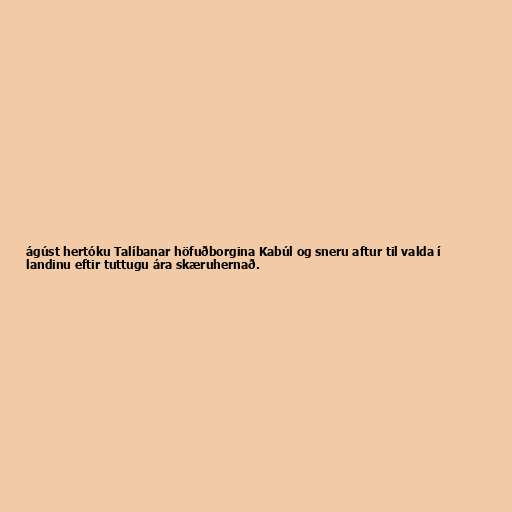
ágúst hertóku Talíbanar höfuðborgina Kabúl og sneru aftur til valda í
landinu eftir tuttugu ára skæruhernað.